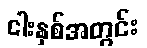
ငါးနှစ်အတွင်း